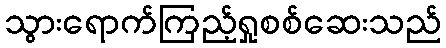
သွားရောက်ကြည့်ရှုစစ်ဆေးသည်